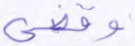
وقضي